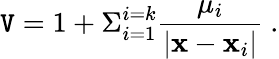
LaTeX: \mathtt{V}=1+\Sigma_{i=1}^{i=k}{\frac{{\mu_{i}}}{{|{\mathbf{x}}-{\mathbf{x}}_{i}|}}}\ .